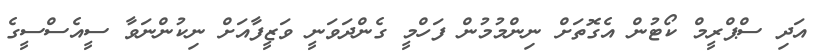
އަދި ސްޕްރީމް ކޯޓުން އެގޮތަށް ނިންމުމުން ފަހްމީ ގެންދަވަނީ ވަޒީފާއަށް ނިކުންނަވާ ސީއެސްސީގެ